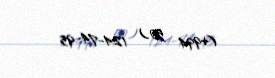
(+994 50) 124-74-95